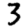
Digit: 3